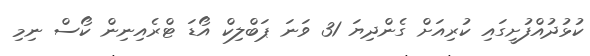
ކުޅުދުއްފުށީގައި ކުރިއަށް ގެންދިޔަ 31 ވަނަ ޕަބްލިކް އޯޑަ ޓްރެއިނިން ކޯސް ނިމި